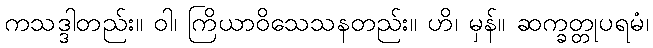
ကသဒ္ဒါတည်း။ ဝါ၊ ကြိယာဝိသေသနတည်း။ ဟိ၊ မှန်။ ဆက္ခတ္တုပရမံ၊